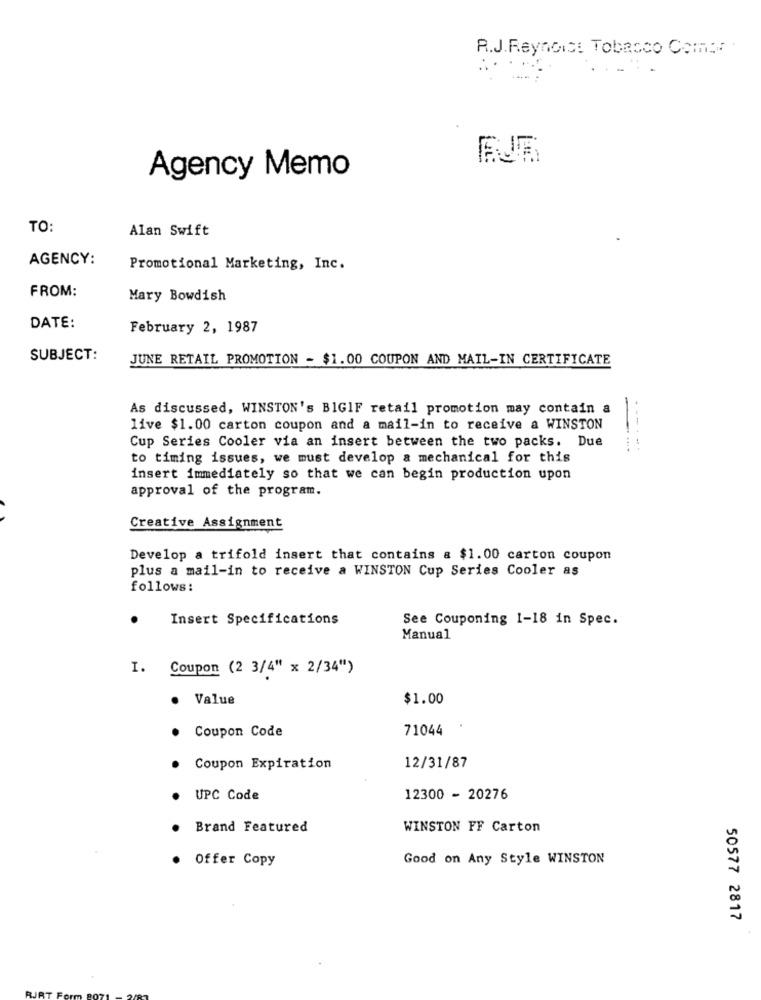
R.J. Reynolds Tobacco Como. .
.....
Agency Memo
TO:
Alan Swift
AGENCY:
Promotional Marketing, Inc.
FROM:
Mary Bowdish
DATE:
February 2, 1987
SUBJECT:
JUNE RETAIL PROMOTION - $1.00 COUPON AND MAIL-IN CERTIFICATE
As discussed, WINSTON's BIGIF retail promotion may contain a
-
live $1.00 carton coupon and a mail-in to receive a WINSTON
Cup Series Cooler via an insert between the two packs. Due
......
to timing issues, we must develop a mechanical for this
insert immediately so that we can begin production upon
approval of the program.
Creative Assignment
Develop a trifold insert that contains & $1.00 carton coupon
plus a mail-in to receive a WINSTON Cup Series Cooler as
follows:
Insert Specifications
See Couponing 1-18 in Spec.
Manual
I.
Coupon (2 3/4" x 2/34")
Value
$1.00
Coupon Code
71044
Coupon Expiration
12/31/87
UPC Code
12300 - 20276
Brand Featured
WINSTON FF Carton
Offer Copy
Good on Any Style WINSTON
50577 2817